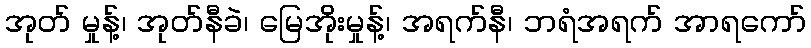
အုတ် မှုန့်၊ အုတ်နီခဲ၊ မြေအိုးမှုန့်၊ အရက်နီ၊ ဘရံအရက် အာရကော်